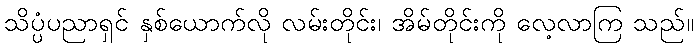
သိပ္ပံပညာရှင် နှစ်ယောက်လို လမ်းတိုင်း၊ အိမ်တိုင်းကို လေ့လာကြ သည်။